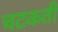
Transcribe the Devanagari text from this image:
चटकती